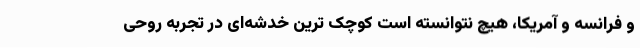
و فرانسه و آمریکا، هیچ نتوانسته است کوچک ترین خدشه‌ای در تجربهٔ روحی